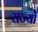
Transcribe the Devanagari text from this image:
राज्योें